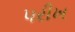
પરીખ